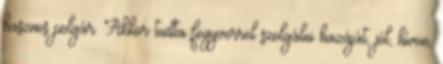
hasznos polgár. Akkor tudta fegyverrel szolgálni hazáját, jól, híven,